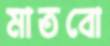
মাতবো